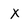
Character: x